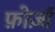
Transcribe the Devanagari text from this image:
फ़ोर्ज़ा